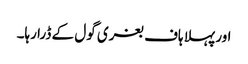
اور پہلا ہاف بغری گول کے ڈرا رہا۔